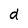
Character: d